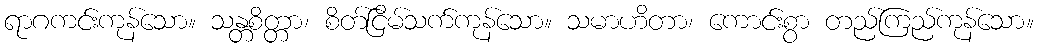
ရာဂကင်းကုန်သော။ သန္တစိတ္တာ၊ စိတ်ငြိမ်သက်ကုန်သော။ သမာဟိတာ၊ ကောင်းစွာ တည်ကြည်ကုန်သော။